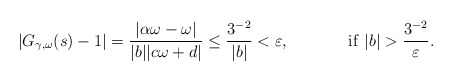
\begin{align*}|G_{\gamma,\omega} (s)-1|=\dfrac{|\alpha \omega-\omega|}{|b||c\omega+d|}\leq \dfrac{3^{-2}}{|b|}< \varepsilon, & &\mathrm{if} \ |b|>\frac{3^{-2}}{ \varepsilon}.\end{align*}